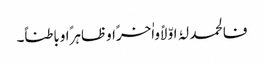
فالحمد لہُ اوّلاًواٰخرًاوظاہرًاوباطناً۔